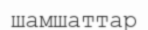
шамшаттар